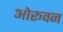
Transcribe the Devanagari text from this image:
ओरूवन